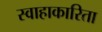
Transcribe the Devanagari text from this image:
स्वाहाकारिता